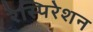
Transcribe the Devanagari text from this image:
रेस्पिरेशन